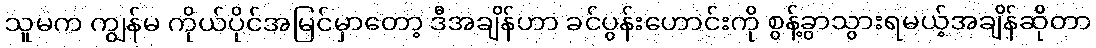
သူမက ကျွန်မ ကိုယ်ပိုင်အမြင်မှာတော့ ဒီအချိန်ဟာ ခင်ပွန်းဟောင်းကို စွန့်ခွာသွားရမယ့်အချိန်ဆိုတာ